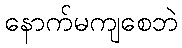
နောက်မကျစေဘဲ